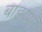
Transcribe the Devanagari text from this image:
बाह्य्पन